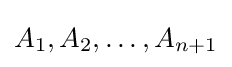
A_{1},A_{2},\ldots ,A_{n+1}